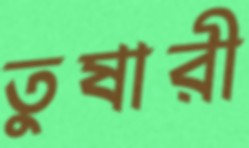
তুষারী